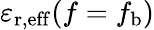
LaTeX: \varepsilon_{\mathrm{r,eff}}(f=f_{\mathrm{b}})